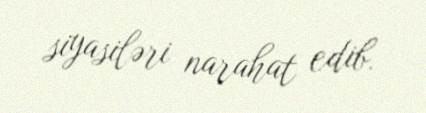
siyasiləri narahat edib.